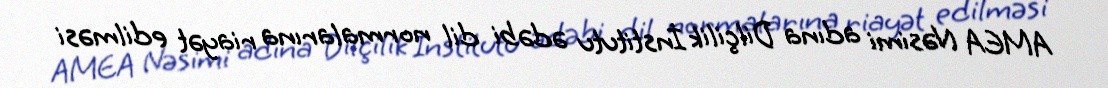
AMEA Nəsimi adına Dilçilik İnstitutu ədəbi dil normalarına riayət edilməsi